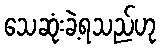
သေဆုံးခဲ့ရသည်ဟု